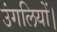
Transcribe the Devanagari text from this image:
उंगलियों।